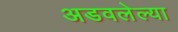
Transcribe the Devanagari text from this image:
अडवलेल्या